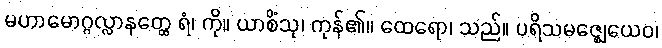
မဟာမောဂ္ဂလ္လာနတ္ထေ ရံ၊ ကို။ ယာစိံသု၊ ကုန်၏။ ထေရော၊ သည်။ ပရိသမဇ္ဈေယေဝ၊